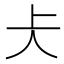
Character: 仧